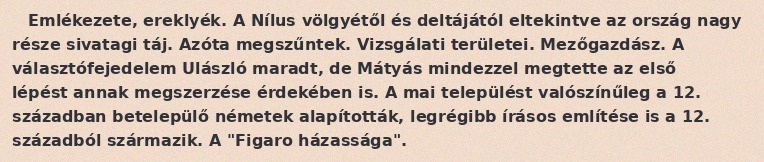
Emlékezete, ereklyék. A Nílus völgyétől és deltájától eltekintve az ország nagy része sivatagi táj. Azóta megszűntek. Vizsgálati területei. Mezőgazdász. A választófejedelem Ulászló maradt, de Mátyás mindezzel megtette az első lépést annak megszerzése érdekében is. A mai települést valószínűleg a 12. században betelepülő németek alapították, legrégibb írásos említése is a 12. századból származik. A "Figaro házassága".